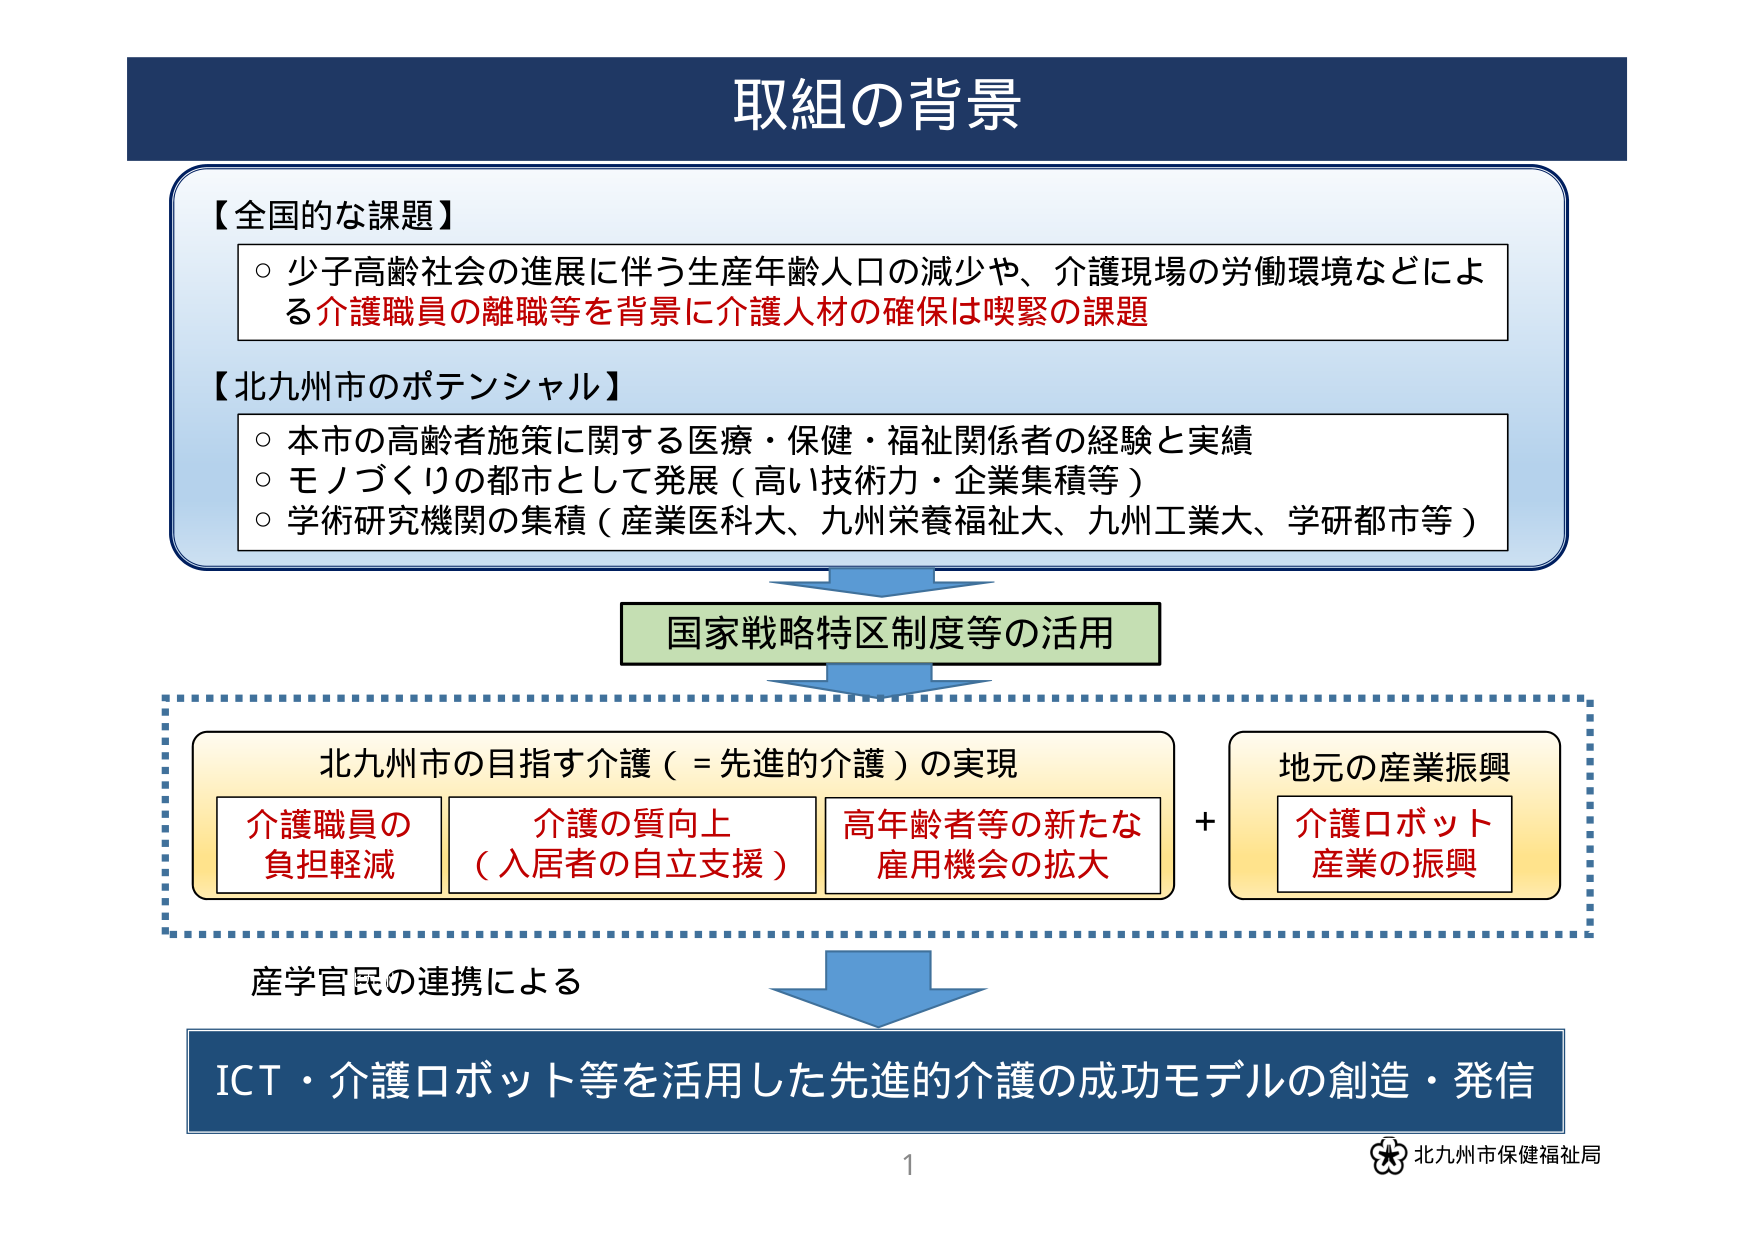
取組の背景

【全国的な課題】
○ 少子高齢社会の進展に伴う生産年齢人口の減少や、介護現場の労働環境などによる介護職員の離職等を背景に介護人材の確保は喫緊の課題

【北九州市のポテンシャル】
○ 本市の高齢者施策に関する医療・保健・福祉関係者の経験と実績
○ モノづくりの都市として発展（高い技術力・企業集積等）
○ 学術研究機関の集積（産業医科大学、九州栄養福祉大、九州工業大、学研都市等）

国家戦略特区制度等の活用

北九州市の目指す介護（＝先進的介護）の実現
介護職員の負担軽減
介護の質向上（入居者の自立支援）
高年齢者等の新たな雇用機会の拡大
＋
地元の産業振興
介護ロボット産業の振興

産学官民の連携による

ICT・介護ロボット等を活用した先進的介護の成功モデルの創造・発信

1
北九州市保健福祉局